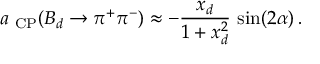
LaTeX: a _ { \mathrm { { \scriptsize ~ C P } } } ( B _ { d } \to \pi ^ { + } \pi ^ { - } ) \approx - \frac { x _ { d } } { 1 + x _ { d } ^ { 2 } } \, \sin ( 2 \alpha ) \, .